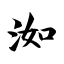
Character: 洳